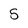
Character: 5